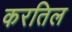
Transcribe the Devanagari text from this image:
करतिल